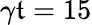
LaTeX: \gamma\mathfrak{t}=15